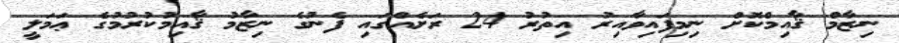
ނިޒާމް ޤާއިމްކޮށް ނިމިފައިވާއިރު އިތުރު 24 ރަށެއްގައި ފެނުގެ ނިޒާމު ޤާއިމުކުރުމުގެ ޢަމަލީ